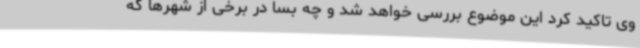
وی تاکید کرد این موضوع بررسی خواهد شد و چه بسا در برخی از شهرها که